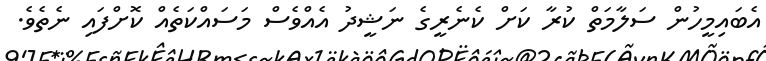
އެބައިމީހުން ސަލާމަތް ކުރާ ކަށް ކެނެރީގެ ނަޝީދު އެއްވެސް މަސައްކަތެއް ކޮށްފައި ނެތެވެ.